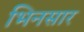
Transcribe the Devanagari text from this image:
भिनसार